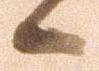
候